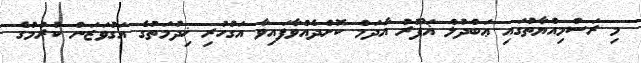
މި ރަސްމިއްޔާތުގައި ޢަބްދުލް ޣަފޫރު އާދަމް ކޮށްދެއްވާފައިވާ އަގުހުރި ޚިދުމަތުގެ އަގުވަޒަން ކުރުމުގެ